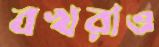
বখরাও